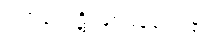
ကပ္ပိယကုဋိ ဖြစ်ပြန်သေး၏၊